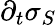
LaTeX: \partial_{t}\sigma_{S}